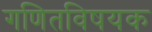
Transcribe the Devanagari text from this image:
गणितविषयक